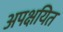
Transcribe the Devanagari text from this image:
अपक्षयित